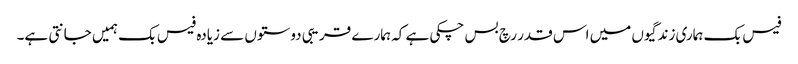
فیس بک ہماری زندگیوں میں اس قدر رچ بس چکی ہے کہ ہمارے قریبی دوستوں سے زیادہ فیس بک ہمیں جانتی ہے۔